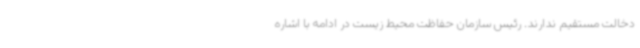
دخالت مستقیم ندارند. رئیس سازمان حفاظت محیط زیست در ادامه با اشاره